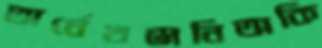
অর্ধেখঞ্জনিঅকি